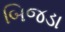
બિજડા